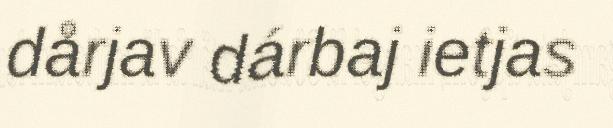
dårjav dárbaj ietjas